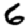
Digit: 6